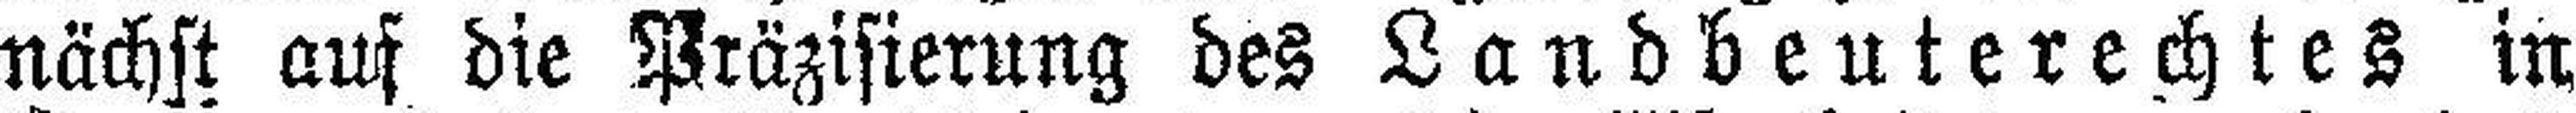
nächst auf die Präzisierung des Landbeuterechtes in